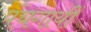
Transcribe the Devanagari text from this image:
पंचगायीं